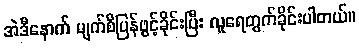
အဲဒီနောက် မျက်စိပြန်ဖွင့်ခိုင်းပြီး လူရေတွက်ခိုင်းပါတယ်။